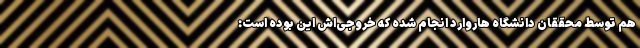
هم توسط محققان دانشگاه هاروارد انجام شده که خروجی‌اش این بوده است: